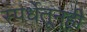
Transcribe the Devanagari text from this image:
स्पर्धेतूनही